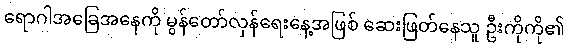
ရောဂါအခြေအနေကို မွန်တော်လှန်ရေးနေ့အဖြစ် ဆေးဖြတ်နေသူ ဦးကိုကို၏